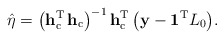
\begin{align*}\hat{\eta}=\bigl(\mathbf{h}_{\mathrm{c}}^{\mathrm{T}}\,\mathbf{h}_{\mathrm{c}}\bigr)^{-1}\,\mathbf{h}_{\mathrm{c}}^{\mathrm{T}}\,\bigl(\mathbf{y}-\mathbf{1}^{\mathrm{T}}L_{0}\bigr).\end{align*}